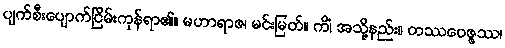
ပျက်စီးပျောက်ငြိမ်းကုန်ရာ၏။ မဟာရာဇ၊ မင်းမြတ်။ ကိံ၊ အသို့နည်း။ တဿဝေဇ္ဇဿ၊